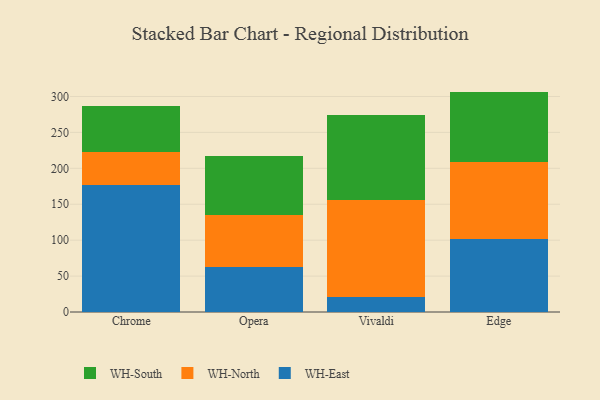
{"axis": {"x": "Browser", "y": "Bounce Rate (%)"}, "legend": ["WH-East", "WH-North", "WH-South"], "data": [{"x": "Chrome", "y": 176.9, "type": "WH-East"}, {"x": "Chrome", "y": 46.2, "type": "WH-North"}, {"x": "Chrome", "y": 63.8, "type": "WH-South"}, {"x": "Opera", "y": 62.8, "type": "WH-East"}, {"x": "Opera", "y": 71.6, "type": "WH-North"}, {"x": "Opera", "y": 82.8, "type": "WH-South"}, {"x": "Vivaldi", "y": 20.3, "type": "WH-East"}, {"x": "Vivaldi", "y": 135.9, "type": "WH-North"}, {"x": "Vivaldi", "y": 117.5, "type": "WH-South"}, {"x": "Edge", "y": 101.3, "type": "WH-East"}, {"x": "Edge", "y": 108.2, "type": "WH-North"}, {"x": "Edge", "y": 97.3, "type": "WH-South"}]}